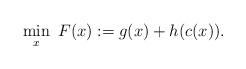
LaTeX: \begin{align*}\min_x~ F(x):=g(x)+h(c(x)).\end{align*}